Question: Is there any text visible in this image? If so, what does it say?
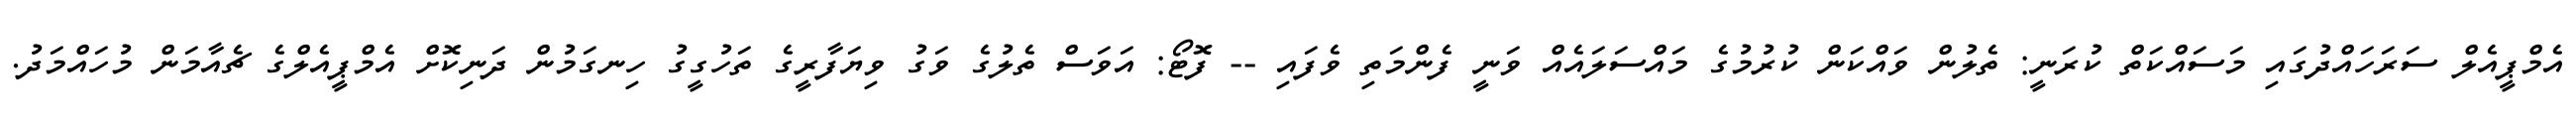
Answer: އެމްޕީއެލް ސަރަހައްދުގައި މަސައްކަތް ކުރަނީ: ތެލުން ވައްކަން ކުރުމުގެ މައްސަލައެއް ވަނީ ފެންމަތި ވެފައި -- ފޮޓޯ: އަވަސް ތެލުގެ ވަގު ވިޔަފާރީގެ ތަހުގީގު ހިނގަމުން ދަނިކޮށް އެމްޕީއެލްގެ ޗެއާމަން މުހައްމަދު.